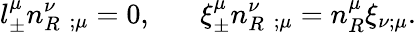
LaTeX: l_{\pm}^{\mu}n_{R}^{\nu}\; _{;\mu}=0,\; \; \; \; \; \; \xi_{\pm}^{\mu}n_{R}^{\nu}\; _{;\mu}=n_{R}^{\mu}\xi_{\nu;\mu}.